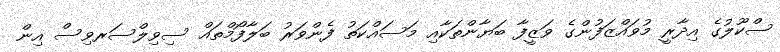
ސްކޫލުގެ އިދާރީ މުވައްޒަފުންގެ ވަޒީފާ ބަޔާންތަކާއި މަސައްކަތު ފެންވަރު ބަލާފޯމްތައް ސިވިލްސަރވިސް އިން